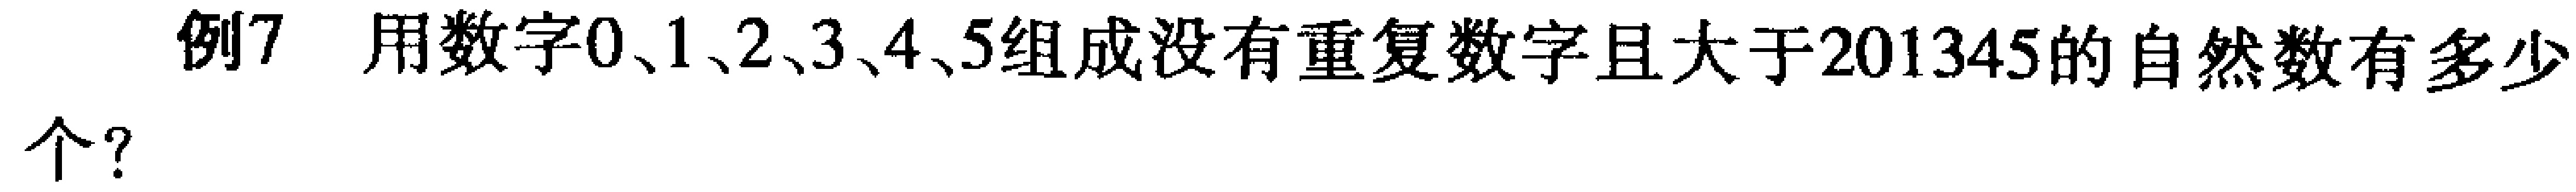
例7 用数字\(0\)、\(1\)、\(2\)、\(3\)、\(4\)、\(5\)组成没有重复数字且大于\(201345\)的自然数有多少个？